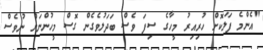
"އެންމެ ފަލަކޮށް ހުރިއިރު މީހާގެ ސިފަ ވެސް ބަދަލުވެގެން ގޮސް މީހުންނަށް ނުވެސް